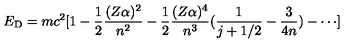
E _ { \mathrm { D } } = m c ^ { 2 } [ 1 - \frac { 1 } { 2 } \frac { ( Z \alpha ) ^ { 2 } } { n ^ { 2 } } - \frac { 1 } { 2 } \frac { ( Z \alpha ) ^ { 4 } } { n ^ { 3 } } ( \frac { 1 } { j + 1 / 2 } - \frac { 3 } { 4 n } ) - \cdots ]